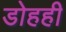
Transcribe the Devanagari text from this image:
डोहही